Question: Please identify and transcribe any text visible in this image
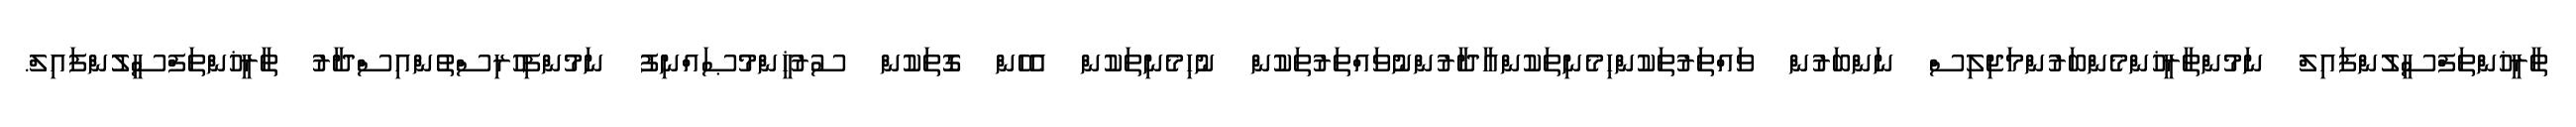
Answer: ތާރީޚުންތަފްސީލުންފައިލް ނަމުންތާރީޚުންމެންބަރުންމަޖިލިސް ނަންބަރުން ވައްތަރުތަކުންހިމެނިތަކުންއާދާރުންނުވައްތަރުތަކުން ނުހިމެނިތަކުން އެހެން ގޮތަކުން ސުރުޚީންމުޞައްނިފު ނަމުންފިހުރިސްތުންއިސްދާރު ތާރީޚުންތަފްސީލުންފައިލް.